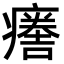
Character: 𤺦